Civil Veterinary Department Bengal reports 1933-51 - 1933-1951
Year: 1933
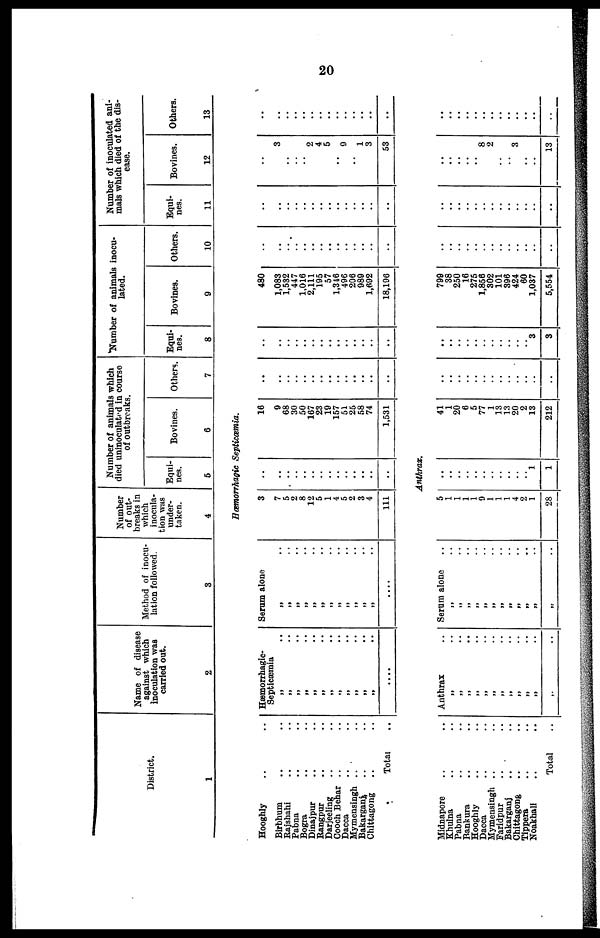
20
District.
1
Name of disease
against which
inoculation was
carried out.
2
Method of inocu-
lation followed.
3
Number
of out-
breaks in
which
inocula-
tion was
under-
taken.
4
Number of animals which
died uninoculated in course
of outbreaks.
Equi-
nes.
5
Bovines.
6
Others.
7
*Number of animals inocu-
lated.
Equi-
nes.
8
Bovines.
9
Others.
10
Number of inoculated ani-
mals which died of the dis-
ease.
Equi-
nes.
11
Bovines.
12
Others.
13
Hæmorrhagic Septicæmia.
Hooghly .. ..
Birbhum .. ..
Rajshahi .. ..
Pabna .. ..
Bogra .. ..
Dinajpur .. ..
Rangpur .. ..
Darjeeling .. ..
Cooch Behar .. ..
Dacca .. ..
Mymensingh .. ..
Bakarganj .. ..
Chittagong .. ..
Total ..
Hæmorrhagic-
Septicæmia
„ ..
„ ..
„ ..
„ ..
„ ..
„ ..
„
..
„
..
„ ..
„
..
„ ..
„ ..
....
Serum alone
„ ..
„
..
„ ..
„ ..
„ ..
„ ..
„ ..
„ ..
„ .. „ ..
„ ..
„ ..
....
3
7
5
2
8
12
5
1
4
5
2
3
4
111
..
..
..
..
..
..
..
..
..
..
..
..
..
..
..
16
.. 9
68
30
50
167
23
19
157
51
25
58
74
1,531
..
..
..
..
..
..
..
..
..
..
..
..
..
..
..
..
..
..
..
..
..
..
..
..
..
..
..
..
..
..
480
..
1,083
1,532
447
1,016
2,111
195
57
1,346
496
206
989
1,692
18,196
..
..
..
..
..
..
..
..
..
..
..
..
..
..
..
..
..
..
..
..
..
..
..
..
..
..
..
..
..
..
Anthrax.
Midnapore
Khulna
Pabna
Bankura
Hooghly
Dacca
Mymensingh
Faridpur
Bakarganj
Chittagong
Tippera
Noakhali
Total
Anthrax
„ ..
„ ..
„ ..
„ ..
„ ..
„ ..
„ ..
„ ..
„ ..
„ ..
„ ..
Serum alone
„ ..
„ ..
„ ..
„ ..
„ ..
„
..
„ ..
„ ..
„ ..
„ ..
5
1
1
1
1
9
1
1
1
4
2
1
28
..
..
..
..
..
..
..
..
..
..
.. 1
1
41
1
20
6
5
77
1
13
13
20
2
13
212
..
..
..
..
..
..
..
..
..
..
..
..
..
..
..
..
..
..
..
..
..
..
..
.. 3
3
799
38
250
16
275
1,856
302
101
396
424
60
1,037
5,554
..
..
..
..
..
..
..
..
..
..
..
..
..
..
..
..
..
..
..
..
..
..
..
..
..
..
..
..
3
..
..
..
2
4
5
..
9
..
1
3
53
..
..
..
..
..
8
2
..
..
3
..
..
13
..
..
..
..
..
..
..
..
..
..
..
..
..
..
..
..
..
..
..
..
..
..
..
..
..
..
..
..